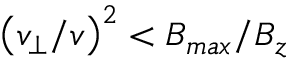
\left( v _ { \perp } / v \right) ^ { 2 } < B _ { m a x } / B _ { z }